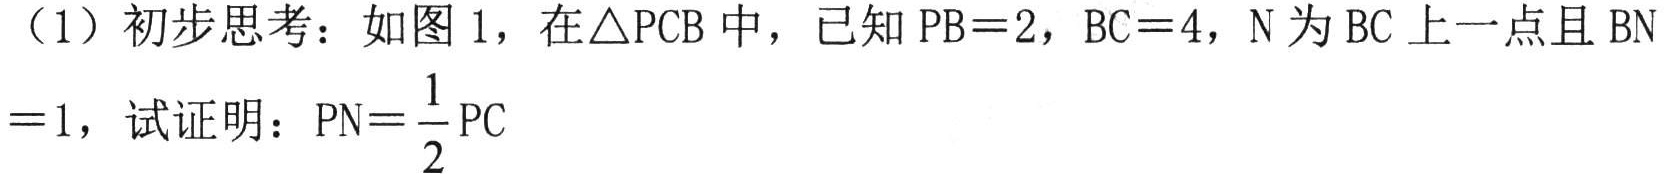
（1）初步思考：如图 1，在\(\triangle PCB\)中，已知\(PB = 2\)，\(BC = 4\)，\(N\)为\(BC\)上一点且\(BN = 1\)，试证明：\(PN=\frac{1}{2}PC\)